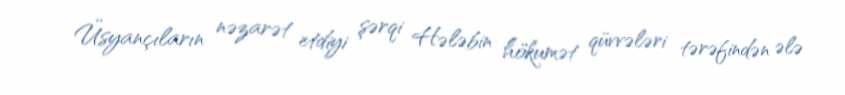
Üsyançıların nəzarət etdiyi şərqi Hələbin hökumət qüvvələri tərəfindən ələ